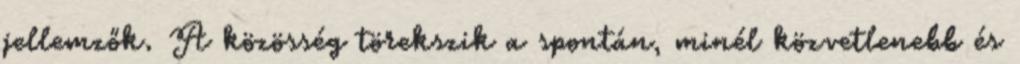
jellemzők. A közösség törekszik a spontán, minél közvetlenebb és